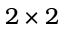
2 \times 2